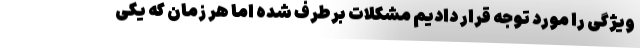
ویژگی را مورد توجه قرار دادیم مشکلات برطرف شده اما هر زمان که یکی